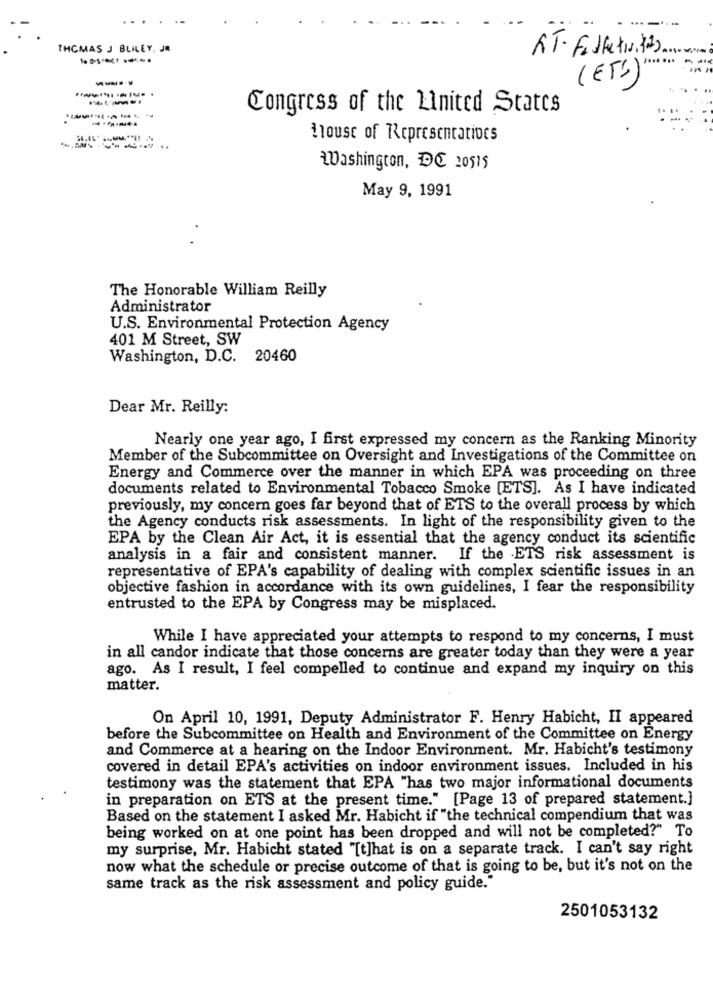
...
--....
THOMAS J BLILEY. J.
RT. Folketw. 12)
----
(ETS)
Congress of the Linited States
House of Representatives
Washington, DC 20515
May 9, 1991
The Honorable William Reilly
Administrator
U.S. Environmental Protection Agency
401 M Street, SW
Washington, D.C.
20460
Dear Mr. Reilly:
Nearly one year ago, I first expressed my concern as the Ranking Minority
Member of the Subcommittee on Oversight and Investigations of the Committee on
Energy and Commerce over the manner in which EPA was proceeding on three
documents related to Environmental Tobacco Smoke [ETS]. As I have indicated
previously, my concern goes far beyond that of ETS to the overall process by which
the Agency conducts risk assessments. In light of the responsibility given to the
EPA by the Clean Air Act, it is essential that the agency conduct its scientific
analysis in a fair and consistent manner. If the ETS risk assessment is
representative of EPA's capability of dealing with complex scientific issues in an
objective fashion in accordance with its own guidelines, I fear the responsibility
entrusted to the EPA by Congress may be misplaced.
While I have appreciated your attempts to respond to my concerns, I must
in all candor indicate that those concerns are greater today than they were a year
ago. As I result, I feel compelled to continue and expand my inquiry on this
matter.
On April 10, 1991, Deputy Administrator F. Henry Habicht, II appeared
before the Subcommittee on Health and Environment of the Committee on Energy
and Commerce at a hearing on the Indoor Environment. Mr. Habicht's testimony
covered in detail EPA's activities on indoor environment issues. Included in his
testimony was the statement that EPA "has two major informational documents
in preparation on ETS at the present time." [Page 13 of prepared statement.]
Based on the statement I asked Mr. Habicht if "the technical compendium that was
being worked on at one point has been dropped and will not be completed?" To
my surprise, Mr. Habicht stated "[t]hat is on a separate track. I can't say right
now what the schedule or precise outcome of that is going to be, but it's not on the
same track as the risk assessment and policy guide."
2501053132